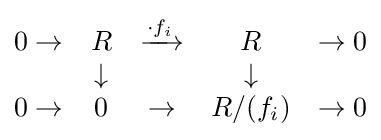
{\begin{matrix}0\to &R&\xrightarrow {\cdot f_{i}} &R&\to 0\\&\downarrow &&\downarrow &\\0\to &0&\to &R/(f_{i})&\to 0\end{matrix}}